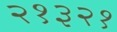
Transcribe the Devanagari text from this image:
२१३२१